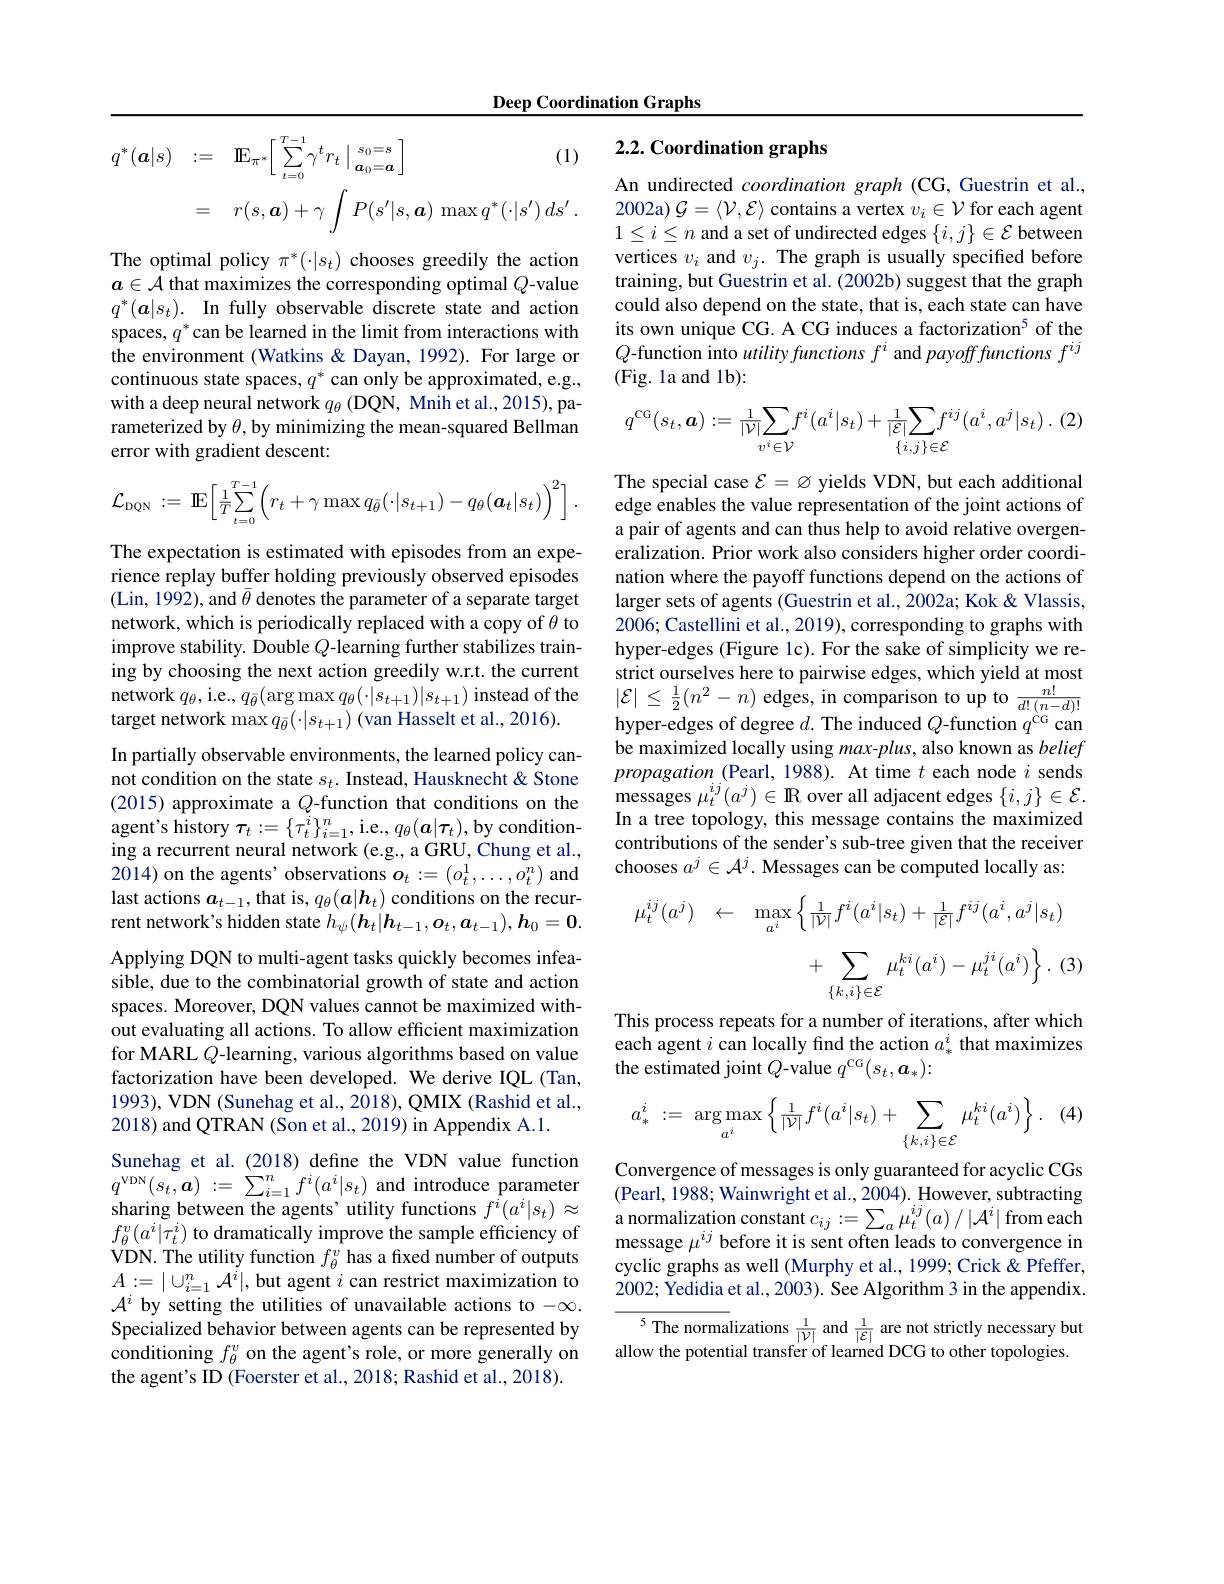
Deep Coordination Graphs

# 2.2. Coordination graphs
$$\begin{aligned}q^{*}(\boldsymbol{a}|s)&:=\quad\mathrm{IE}_{\pi^{*}}\Big[\:\sum_{t=0}^{T-1}\gamma^{t}r_{t}\:\Big|\:\frac{s_{0}=s}{a_{0}=a}\:\Big]&\text{(1)}\\&=\quad r(s,\boldsymbol{a})+\gamma\int P(s^{\prime}|s,\boldsymbol{a})\:\max q^{*}(\cdot|s^{\prime})\:ds^{\prime}\:.\end{aligned}$$
An undirected coordination graph (CG, Guestrin et al., 2002a) $\mathcal{G}=\langle\mathcal{V},\mathcal{E}\rangle$ contains a vertex $v_i\in\mathcal{V}$ for each agent $1\leq i\leq n$ and a set of undirected edges $\{i,j\}\in\mathcal{E}$ between vertices $v_i$ and $v_j.$ The graph is usually specified before training, but Guestrin et al. (2002b) suggest that the graph could also depend on the state, that is, each state can have its own unique CG. A CG induces a factorization$^{5}$ of the $Q$-function into utility functions $f^i$ and payoff functions $f^ij$ (Fig. la and 1b):

The optimal policy $\pi^*(\cdot|s_t)$ chooses greedily the action $a\in\mathcal{A}$ that maximizes the corresponding optimal $Q$-value $q^*(\boldsymbol{a}|s_t).$ In fully observable discrete state and action spaces, $q^*$ can be learned in the limit from interactions with the environment (Watkins & Dayan, 1992). For large or continuous state spaces, $q^*$ can only be approximated, e.g., with a deep neural network $q_{\theta}$ (DQN, Mnih et al., 2015), parameterized by $\theta$, by minimizing the mean-squared Bellman error with gradient descent:
$$q^{\mathrm{CG}}(s_{t},\boldsymbol{a}):=\frac{1}{|\mathcal{V}|}\sum_{v^{i}\in\mathcal{V}}f^{i}(a^{i}|s_{t})+\frac{1}{|\mathcal{E}|}\sum_{\{i,j\}\in\mathcal{E}}f^{ij}(a^{i},a^{j}|s_{t})\:.\:(2)$$
$$\mathcal{L}_{\mathrm{DQN}}\::=\:\mathrm{E}\Big[\frac{1}{T}\sum\limits_{t=0}^{T-1}\Big(r_t+\gamma\max q_{\bar{\theta}}(\cdot|s_{t+1})-q_\theta(\boldsymbol{a}_t|s_t)\Big)^2\Big]\:.$$
The special case $\mathcal{E}=\varnothing$ yields VDN, but each additional edge enables the value representation of the joint actions of a pair of agents and can thus help to avoid relative overgeneralization. Prior work also considers higher order coordination where the payoff functions depend on the actions of larger sets of agents (Guestrin et al., 2002a; Kok & Vlassis, 2006; Castellini et al., 2019), corresponding to graphs with hyper-edges (Figure 1c). For the sake of simplicity we restrict ourselves here to pairwise edges, which yield at most $\left|\mathcal{E}\right|\leq\frac12(n^{2}-n)$ edges, in comparison to up to $\frac{n!}{d!(n-d)!}$ hyper-edges of degree $d.$ The induced $Q$-function $q^\mathrm{\dot{\mathrm{CG}}}$ can be maximized locally using $max-plus$, also known as belief propagation (Pearl, 1988). At time $t$ each node $i$ sends ${\mathrm{messages~}\mu_{t}^{ij}(a^{j})\in\mathbf{R}}$over all adjacent edges $\{i,j\}\in\mathcal{E}.$ In a tree topology, this message contains the maximized contributions of the sender's sub-tree given that the receiver chooses $a^j\in\mathcal{A}^j.$ Messages can be computed locally as:
$$\begin{aligned}\mu_{t}^{ij}(a^{j})&\leftarrow\quad\max_{a^{i}}\left\{\frac{1}{|\mathcal{V}|}f^{i}(a^{i}|s_{t})+\frac{1}{|\mathcal{E}|}f^{ij}(a^{i},a^{j}|s_{t})\right.\\&+\sum_{\{k,i\}\in\mathcal{E}}\mu_{t}^{ki}(a^{i})-\mu_{t}^{ji}(a^{i})\biggr\}.\:(3)\\\end{aligned}$$
The expectation is estimated with episodes from an experience replay buffer holding previously observed episodes (Lin, 1992), and $\bar\theta$ denotes the parameter of a separate target network, which is periodically replaced with a copy of $\theta$ to improve stability. Double $Q$-learning further stabilizes training by choosing the next action greedily w.r.t. the current network $q_\theta$, i.e., $q_{\bar{\theta}}(\arg\max q_\theta(\cdot|s_{t+1})|s_{t+1})$ instead of the target network $\max q_{\bar{\theta}}(\cdot|s_{t+1})$ (van Hasselt et al., 2016).
In partially observable environments, the learned policy cannot condition on the state $s_t.$ Instead, Hausknecht & Stone (2015) approximate a $Q$-function that conditions on the agen$t^{\prime }$s history $\boldsymbol{\tau }_{t}: = \{ \tau _{t}^{i}\} _{i= 1}^{n}$,i.e.$,q_\theta(\boldsymbol{a}|\boldsymbol{\tau}_{t})$,by conditioning a recurrent neural network (e.g., a GRU, Chung et al., 2014) on the agents' observations $o_t:=(o_t^{1},\ldots,o_t^{n})$ and last actions $a_{t-1}$,that is, $q_\theta(\boldsymbol{a}|\boldsymbol{h}_t)$ conditions on the recurrent network's hidden state $h_\psi(\boldsymbol{h}_t|\boldsymbol{h}_{t-1},\boldsymbol{o}_t,\boldsymbol{a}_{t-1}),\boldsymbol{h}_0=\mathbf{0}.$ Applying DQN to multi-agent tasks quickly becomes infeasible, due to the combinatorial growth of state and action spaces. Moreover, DQN values cannot be maximized without evaluating all actions. To allow efficient maximization for MARL $Q$-learning, various algorithms based on value factorization have been developed. We derive IQL (Tan, 1993),VDN (Sunehag et al., 2018), QMIX (Rashid et al., 2018) and QTRAN (Son et al., 2019) in Appendix A.1.
Sunehag et al. (2018) define the VDN value function $q^{\mathrm{VDN}}( s_{t}, \boldsymbol{a})$ := $\sum _{i= 1}^{n}f^{i}( a^{i}| s_{t})$ and introduce parameter sharing between the agents' utility functions $f^i(a^i|s_t)\approx$ $f_{\theta}^{v}(a^{i}|\tau_{t}^{i})$ to dramatically improve the sample efficiency of VDN. The utility function $f_\theta^v$ has a fixed number of outputs $A:=|\cup_{i=1}^n\mathcal{A}^i|$,but agent $i$ can restrict maximization to $\mathcal{A}^i$ by setting the utilities of unavailable actions to -∞. Specialized behavior between agents can be represented by conditioning $f_\theta^v$ on the agent's role, or more generally on the agent's ID (Foerster et al., 2018; Rashid et al., 2018).

This process repeats for a number of iterations, after which each agent $i$ can locally find the action $a_*^i$ that maximizes the estimated joint $Q$-value $q^\mathrm{CG}(s_t,\boldsymbol{a}_*)\colon$

 (4)
$$a_*^i\::=\:\arg\max\limits_{a^i}\left\{\frac{1}{|\mathcal{V}|}f^i(a^i|s_t)\:+\:\sum\limits_{\{k,i\}\in\mathcal{E}}\mu_t^{ki}(a^i)\right\}.$$
Convergence of messages is only guaranteed for acyclic CGs (Pearl, 1988; Wainwright et al., 2004). However, subtracting $\begin{array}{l}\text{a normalization constant }c_{ij}:=\sum_{a}\mu_{t}^{ij}(a)\:/\:|\mathcal{A}^{i}|\:\mathrm{from~each}\\\text{message }\mu^{ij}\:\mathrm{before~it~is~sent~often~leads~to~convergence~in}\end{array}$ cyclic graphs as well (Murphy et al., 1999; Crick & Pfeffer, 2002; Yedidia et al., 2003). See Algorithm 3 in the appendix. $\begin{aligned}\text{The normalizations }\frac{1}{|\nu|}\mathrm{~and~}\frac{1}{|\mathcal{E}|}\text{ are not strictly necessary but}\\\text{allow the potential transfer of learned DCG to other topologies.}\end{aligned}$